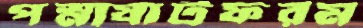
পস্না্যাটফরম